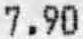
7.90